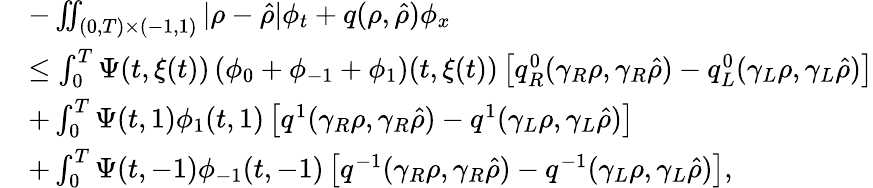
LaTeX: \begin{array}{rl}&{-\iint_{(0,T)\times(-1,1)}|\rho-\hat{\rho}|\phi_{t}+q(\rho,\hat{\rho})\phi_{x}}\\ &{\leq\int_{0}^{T}\Psi(t,\xi(t))\left(\phi_{0}+\phi_{-1}+\phi_{1}\right)(t,\xi(t))\left[q_{R}^{0}(\gamma_{R}\rho,\gamma_{R}\hat{\rho})-q_{L}^{0}(\gamma_{L}\rho,\gamma_{L}\hat{\rho})\right]}\\ &{+\int_{0}^{T}\Psi(t,1)\phi_{1}(t,1)\left[q^{1}(\gamma_{R}\rho,\gamma_{R}\hat{\rho})-q^{1}(\gamma_{L}\rho,\gamma_{L}\hat{\rho})\right]}\\ &{+\int_{0}^{T}\Psi(t,-1)\phi_{-1}(t,-1)\left[q^{-1}(\gamma_{R}\rho,\gamma_{R}\hat{\rho})-q^{-1}(\gamma_{L}\rho,\gamma_{L}\hat{\rho})\right],}\end{array}